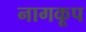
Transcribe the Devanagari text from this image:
नागकूप